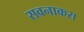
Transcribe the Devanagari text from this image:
सवनाकरा